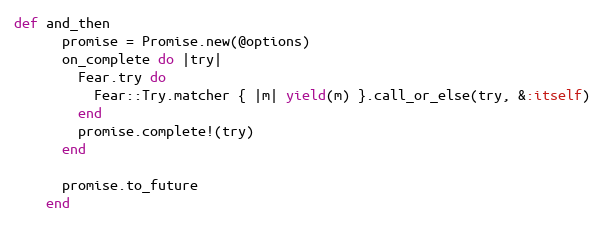
Language: Ruby
def and_then
      promise = Promise.new(@options)
      on_complete do |try|
        Fear.try do
          Fear::Try.matcher { |m| yield(m) }.call_or_else(try, &:itself)
        end
        promise.complete!(try)
      end

      promise.to_future
    end